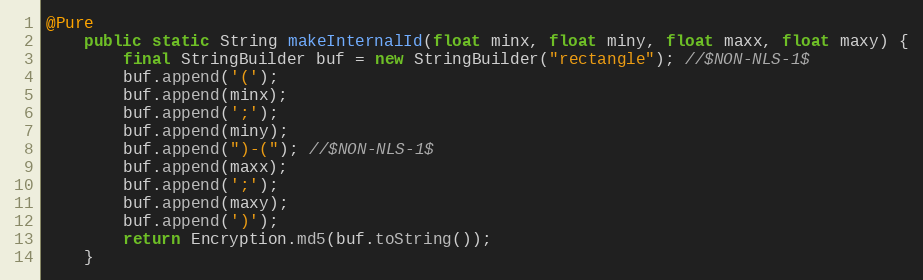
Language: Java
@Pure
	public static String makeInternalId(float minx, float miny, float maxx, float maxy) {
		final StringBuilder buf = new StringBuilder("rectangle"); //$NON-NLS-1$
		buf.append('(');
		buf.append(minx);
		buf.append(';');
		buf.append(miny);
		buf.append(")-("); //$NON-NLS-1$
		buf.append(maxx);
		buf.append(';');
		buf.append(maxy);
		buf.append(')');
		return Encryption.md5(buf.toString());
	}